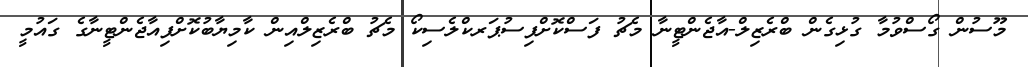
މޫސުން ގޯސްވުމާ ގުޅިގެން ބްރެޒިލް-އާޖެންޓީނާ މެޗު ފަސްކޮށްފިސުޕަރކްލެސިކޯ މެޗު ބްރެޒިލްއިން ކާމިޔާބުކޮށްފިއާޖެންޓީނާގެ ގައުމީ